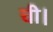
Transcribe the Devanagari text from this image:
ची।